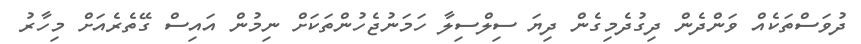
ދުވަސްތަކެއް ވަންދެން ދިގުދެމިގެން ދިޔަ ސިލްސިލާ ހަމަނުޖެހުންތަކަށް ނިމުން އައިސް ގޭތެރެއަށް މިހާރު